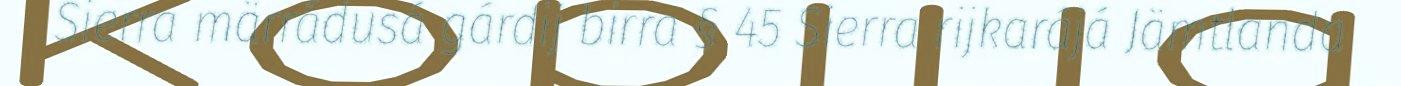
Sierra märrádusá gárdij birra § 45 Sierra rijkarájá Jämtlanda